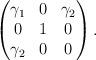
LaTeX: \begin{align*}\begin{pmatrix}\gamma_1 & 0 & \gamma_2 \\0 & 1 & 0\\\gamma_2 & 0 & 0\end{pmatrix}.\end{align*}